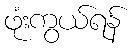
ဖုံးကွယ်ရန်